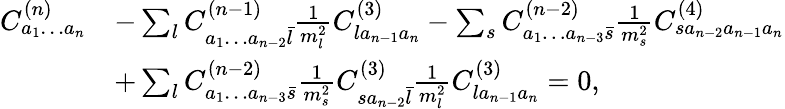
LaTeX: \begin{array}{rl}{C_{a_{1}\ldots a_{n}}^{(n)}}&{-\sum_{l}C_{a_{1}\ldots a_{n-2}\bar{l}}^{(n-1)}\frac{1}{m_{l}^{2}}C_{la_{n-1}a_{n}}^{(3)}-\sum_{s}C_{a_{1}\ldots a_{n-3}\bar{s}}^{(n-2)}\frac{1}{m_{s}^{2}}C_{sa_{n-2}a_{n-1}a_{n}}^{(4)}}\\ &{+\sum_{l}C_{a_{1}\ldots a_{n-3}\bar{s}}^{(n-2)}\frac{1}{m_{s}^{2}}C_{sa_{n-2}\bar{l}}^{(3)}\frac{1}{m_{l}^{2}}C_{la_{n-1}a_{n}}^{(3)}=0,}\end{array}